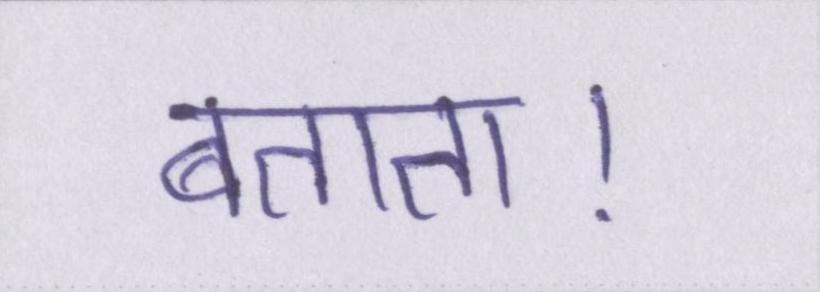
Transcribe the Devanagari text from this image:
बताता।